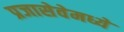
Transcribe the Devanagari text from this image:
प्रजासेवेमध्ये